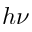
h \nu